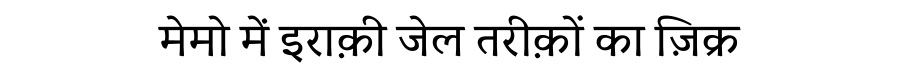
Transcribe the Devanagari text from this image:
मेमो में इराक़ी जेल तरीक़ों का ज़िक्र